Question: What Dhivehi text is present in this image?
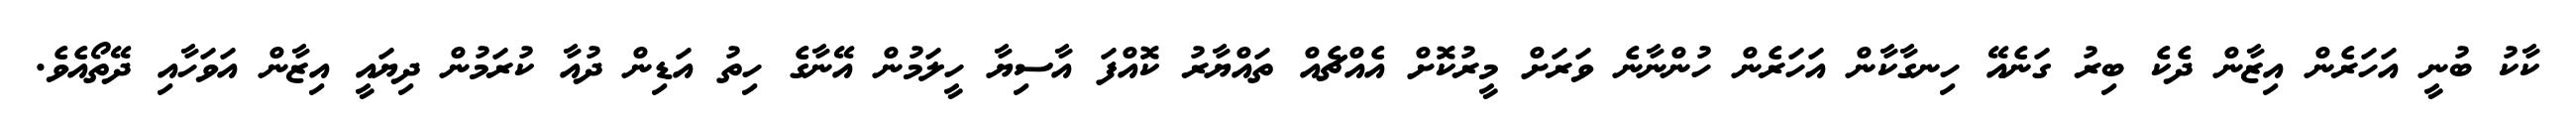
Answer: ކާކު ބުނީ އަހަރެން އިޒާން ދެކެ ބިރު ގަނެއޭ ހިނގާކާން އަހަރެން ހުންނާނެ ވަރަށް މީރުކޮށް އެއްޗެއް ތައްޔާރު ކޮއްފަ އާސިޔާ ހީލަމުން އޭނާގެ ހިތު އަޑިން ދުއާ ކުރަމުން ދިޔައީ އިޒާން އަވަހާއި ދޭތޯއެވެ.